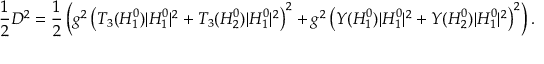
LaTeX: { \frac { 1 } { 2 } } D ^ { 2 } = { \frac { 1 } { 2 } } \left( g ^ { 2 } \left( T _ { 3 } ( H _ { 1 } ^ { 0 } ) | H _ { 1 } ^ { 0 } | ^ { 2 } + T _ { 3 } ( H _ { 2 } ^ { 0 } ) | H _ { 1 } ^ { 0 } | ^ { 2 } \right) ^ { 2 } + g ^ { 2 } \left( Y ( H _ { 1 } ^ { 0 } ) | H _ { 1 } ^ { 0 } | ^ { 2 } + Y ( H _ { 2 } ^ { 0 } ) | H _ { 1 } ^ { 0 } | ^ { 2 } \right) ^ { 2 } \right) .